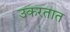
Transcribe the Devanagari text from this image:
उकरतात